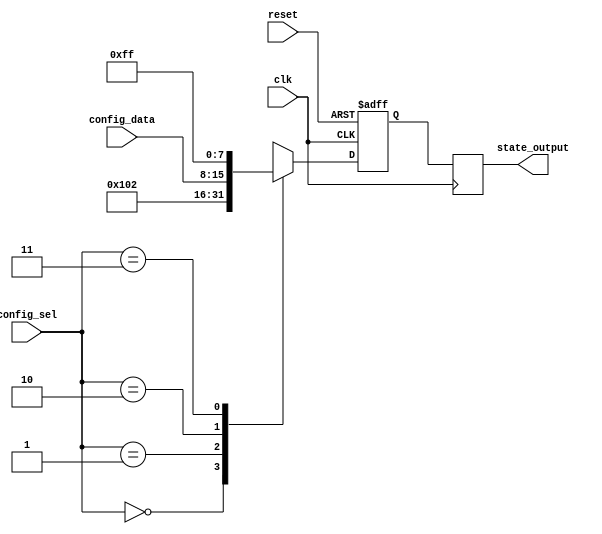
module ConfigurableInitialConditions (
    input wire clk,                     // Clock input
    input wire reset,                   // Reset input
    input wire [1:0] config_sel,        // Configuration selection input (2-bit)
    input wire [7:0] config_data,       // Configuration data input (assumed 8-bit)
    output reg [7:0] state_output       // State output (assumed 8-bit)
);

    // Internal register to hold initialized values
    reg [7:0] internal_state;

    // Behavioral logic for initialization based on configuration inputs
    always @(posedge clk or posedge reset) begin
        if (reset) begin
            // Reset behavior- set to known state
            internal_state <= 8'b00000000; // Default reset value
        end else begin
            // Initialization logic based on configuration selection
            case (config_sel)
                2'b00: internal_state <= 8'b00000001; // Init state 1
                2'b01: internal_state <= 8'b00000010; // Init state 2
                2'b10: internal_state <= config_data; // Load from config_data
                2'b11: internal_state <= 8'b11111111; // Init state 4
                default: internal_state <= 8'b00000000; // Fallback default
            endcase
        end
    end

    // Output the internal state
    always @(posedge clk) begin
        state_output <= internal_state;
    end

endmodule